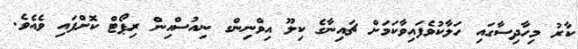
ކާރު މިހާދިސާގައި ހަލާކުވެފައިވާކަމަށް ޗައިނާގެ ކިލޫ އިވްނިންގ ނިއުސްއިން ރިޕޯޓް ކޮށްފައި ވެއެވެ.